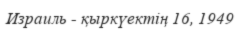
Израиль - қыркүектің 16, 1949